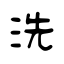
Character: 洗